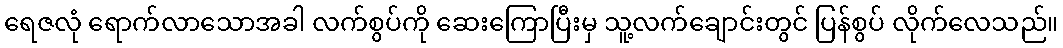
ရေဇလုံ ရောက်လာသောအခါ လက်စွပ်ကို ဆေးကြောပြီးမှ သူ့လက်ချောင်းတွင် ပြန်စွပ် လိုက်လေသည်။